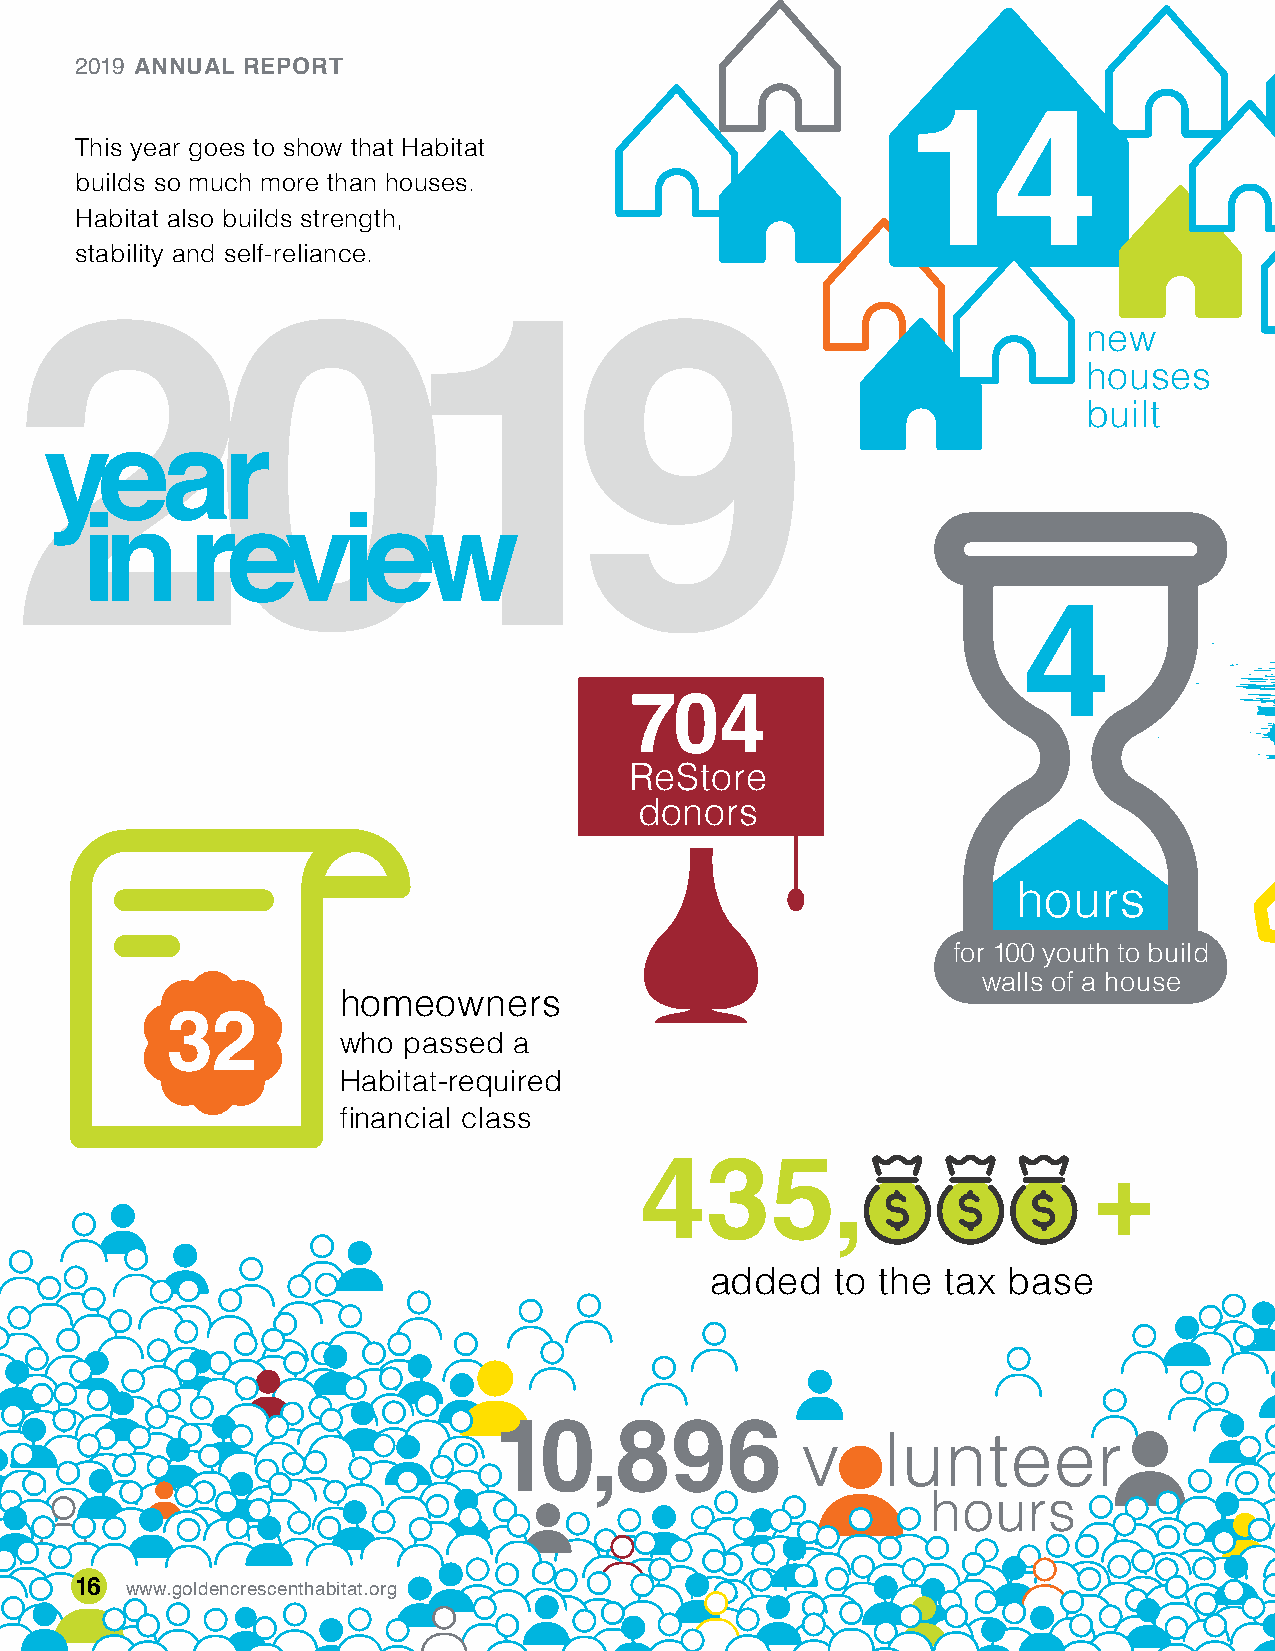
2019 ANNUAL REPORT
 This year goes to show that Habitat
 builds so much more than houses.
 Habitat also builds strength,
 stability and self-reliance.
 new
 houses
 built
 704
 ReStore
 donors
 hours
 for 100 youth to build
 walls of a house
 homeowners
 32
 who  passed a
 Habitat-required
 financial class
 added   to the  tax base
 16 www.goldencrescenthabitat.org